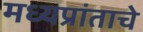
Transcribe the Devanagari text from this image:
मध्यप्रांताचे